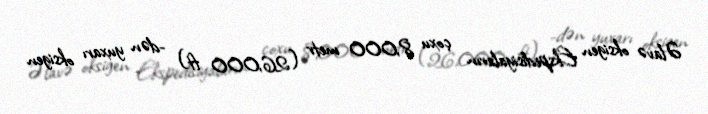
Əlavə oksigen Ekspedisiyaların çoxu 8,000 metr (26,000 ft) -dən yuxarı oksigen